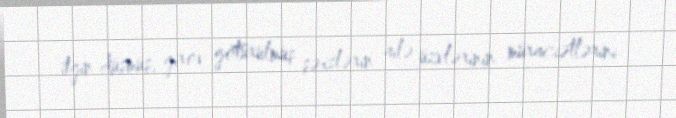
itgin düşmüş, girov götürülmüş şəxslərin ailə üzvlərinin müraciətlərini